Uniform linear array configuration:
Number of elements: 48
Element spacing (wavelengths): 0.25
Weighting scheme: blackman
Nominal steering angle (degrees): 30
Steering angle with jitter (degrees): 29.779
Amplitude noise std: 0.05
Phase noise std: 0.05

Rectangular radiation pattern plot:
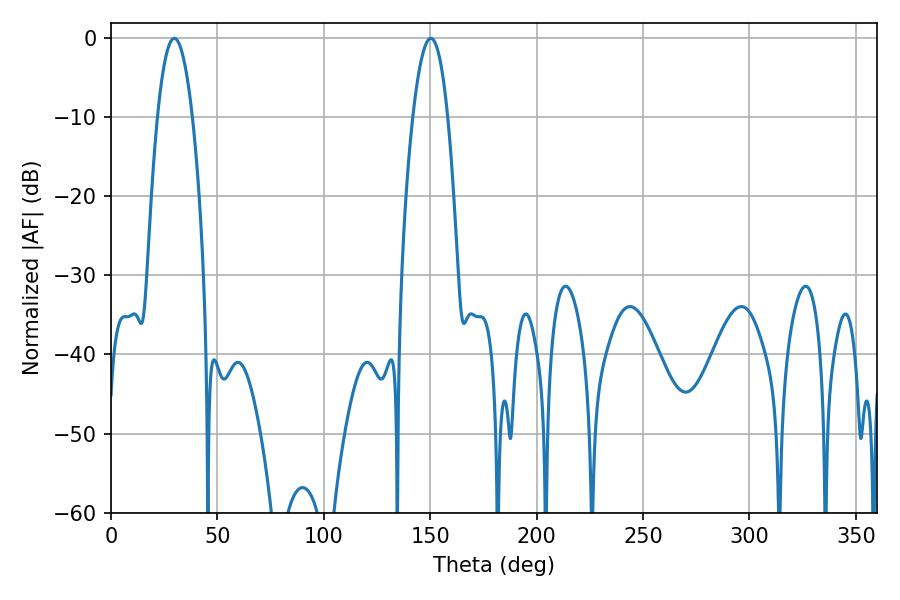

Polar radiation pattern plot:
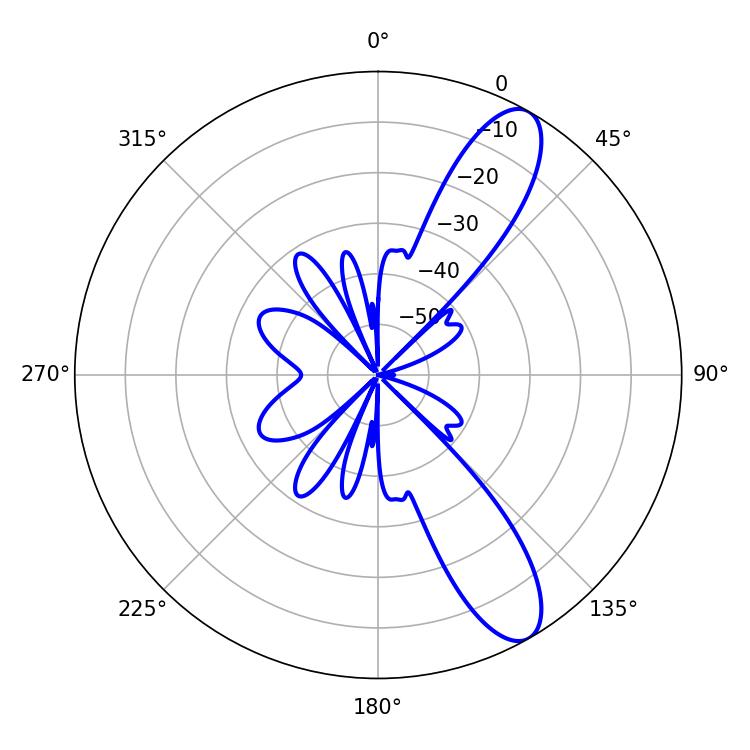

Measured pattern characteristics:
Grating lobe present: FALSE
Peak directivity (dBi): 10.751
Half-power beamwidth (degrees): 9
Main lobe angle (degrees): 29.7